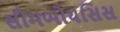
સીમબોયસિસ